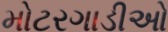
મોટરગાડીઓ